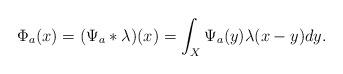
LaTeX: \begin{align*}\Phi_a(x)=(\Psi_a*\lambda)(x)=\int_{X}\Psi_a(y)\lambda(x-y)dy.\end{align*}